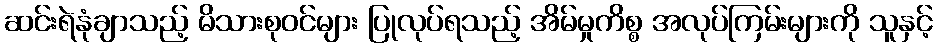
ဆင်းရဲနုံချာသည့် မိသားစုဝင်များ ပြုလုပ်ရသည့် အိမ်မှုကိစ္စ အလုပ်ကြမ်းများကို သူနှင့်